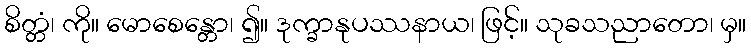
စိတ္တံ၊ ကို။ မောစေန္တော၊ ၍။ ဒုက္ခာနုပဿနာယ၊ ဖြင့်။ သုခသညာတော၊ မှ။